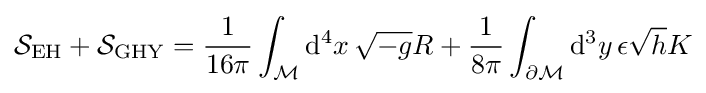
{\mathcal {S}}_{\mathrm {EH} }+{\mathcal {S}}_{\mathrm {GHY} }={\frac {1}{16\pi }}\int _{\mathcal {M}}\mathrm {d} ^{4}x\,{\sqrt {-g}}R+{\frac {1}{8\pi }}\int _{\partial {\mathcal {M}}}\mathrm {d} ^{3}y\,\epsilon {\sqrt {h}}K